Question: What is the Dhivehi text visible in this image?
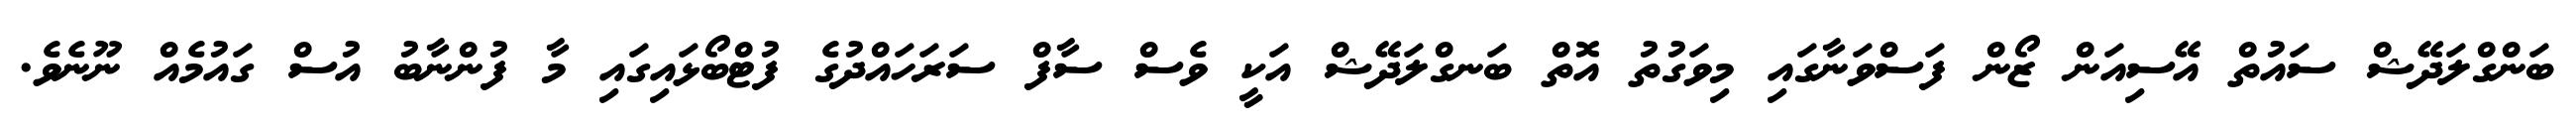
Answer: ބަންގްލަދޭޝް ސައުތް އޭސިއަން ޒޯން ފަސްވަނާގައި މިވަގުތު އޮތް ބަނގްލަދޭޝް އަކީ ވެސް ސާފް ސަރަހައްދުގެ ފުޓްބޯޅައިގައި މާ ފުންނާބު އުސް ގައުމެއް ނޫނެވެ.